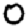
Digit: 0